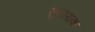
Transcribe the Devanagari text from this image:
सुगायक